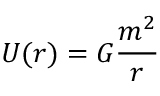
U ( r ) = G { \frac { m ^ { 2 } } { r } }